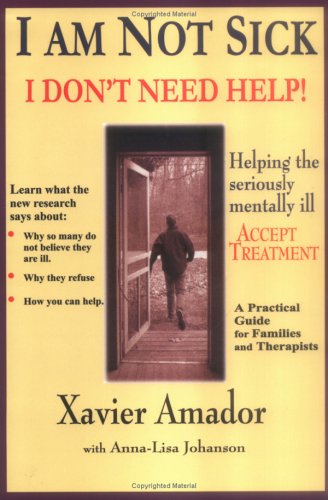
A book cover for I am Not Sick I Don't Need Help!; Xavier Amador; Health, Fitness & Dieting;